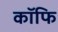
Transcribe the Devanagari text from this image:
कॉफि